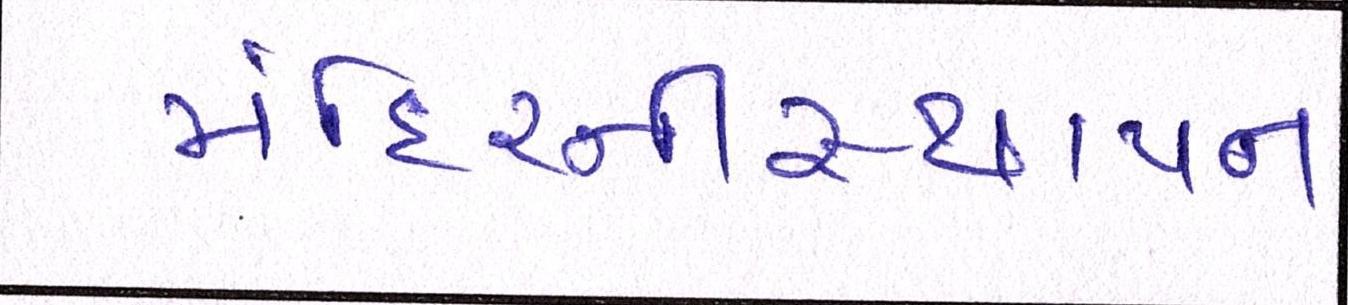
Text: મંદિરનીસ્થાપના